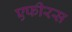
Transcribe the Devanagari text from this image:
एफीरस